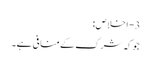
3- اخلاص:
جوکہ شرک کےمنافی ہے۔